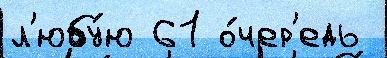
л'юбу́ю 61 о́чер'едь